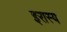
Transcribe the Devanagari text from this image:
इरास्य